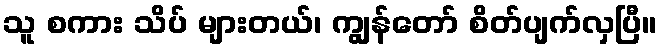
သူ စကား သိပ် များတယ်၊ ကျွန်တော် စိတ်ပျက်လှပြီ။